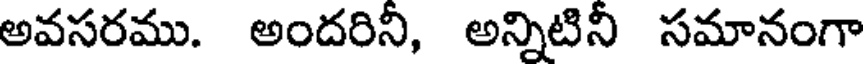
అవసరము. అందరిని, అన్నిటిని సమానంగా